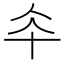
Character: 𠦍